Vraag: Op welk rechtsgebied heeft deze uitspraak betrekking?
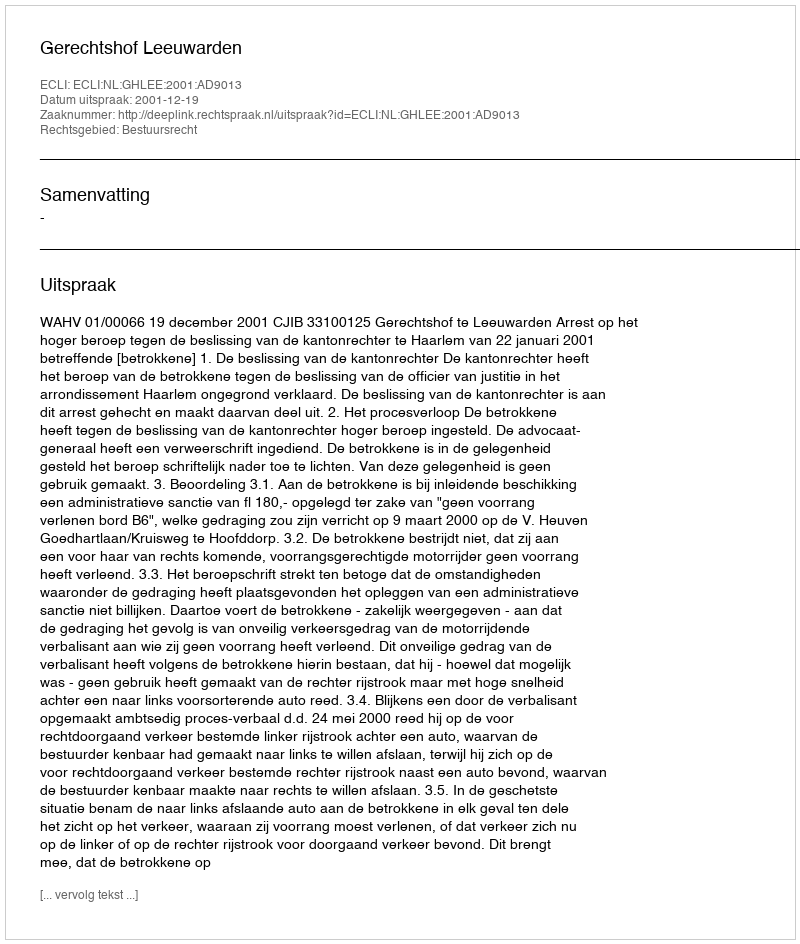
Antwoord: Bestuursrecht